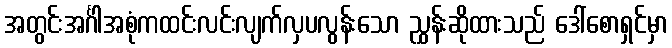
အတွင်းအင်္ဂါအစုံကထင်းလင်းလျက်လှပလွန်းသော ညွှန်းဆိုထားသည် ဒေါ်စောရှင်မှာ